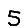
Digit: 5